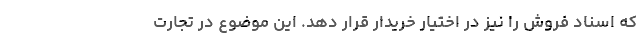
که اسناد فروش را نیز در اختیار خریدار قرار دهد. این موضوع در تجارت